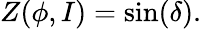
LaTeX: Z(\phi,I)=\sin(\delta).